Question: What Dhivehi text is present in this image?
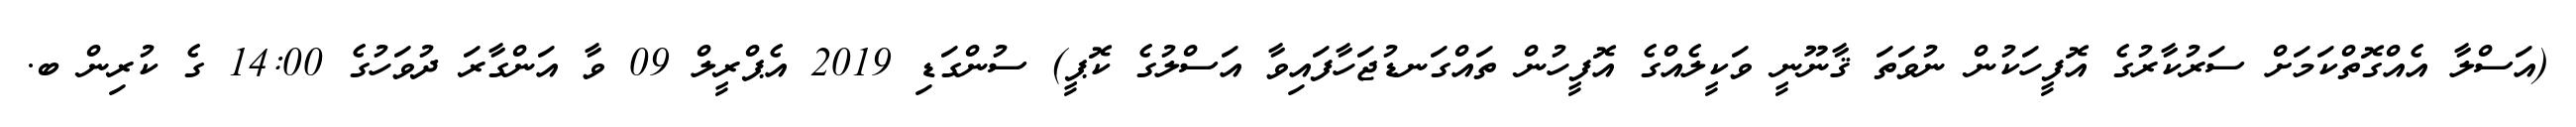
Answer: (އަސްލާ އެއްގޮތްކަމަށް ސަރުކާރުގެ އޮފީހަކުން ނުވަތަ ޤާނޫނީ ވަކީލެއްގެ އޮފީހުން ތައްގަނޑުޖަހާފައިވާ އަސްލުގެ ކޮޕީ) ސުންގަޑި 2019 އެޕްރީލް 09 ވާ އަންގާރަ ދުވަހުގެ 14:00 ގެ ކުރިން ބ.